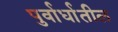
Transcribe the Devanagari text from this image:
पुर्वार्धातील